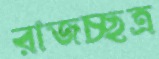
রাজচ্ছত্র